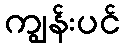
ကျွန်းပင်